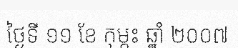
ថ្ងៃទី ១១ ខែ កុម្ភះ ឆ្នាំ ២០០៧